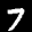
Label: 7